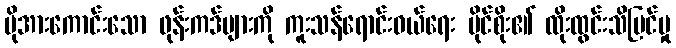
ပိုအားကောင်းသော ဖုန်းကဒ်များကို ကူးသန်ရောင်းဝယ်ရေး ပိုင်စိုး၏ ထိုးထွင်းသိမြင်မှု